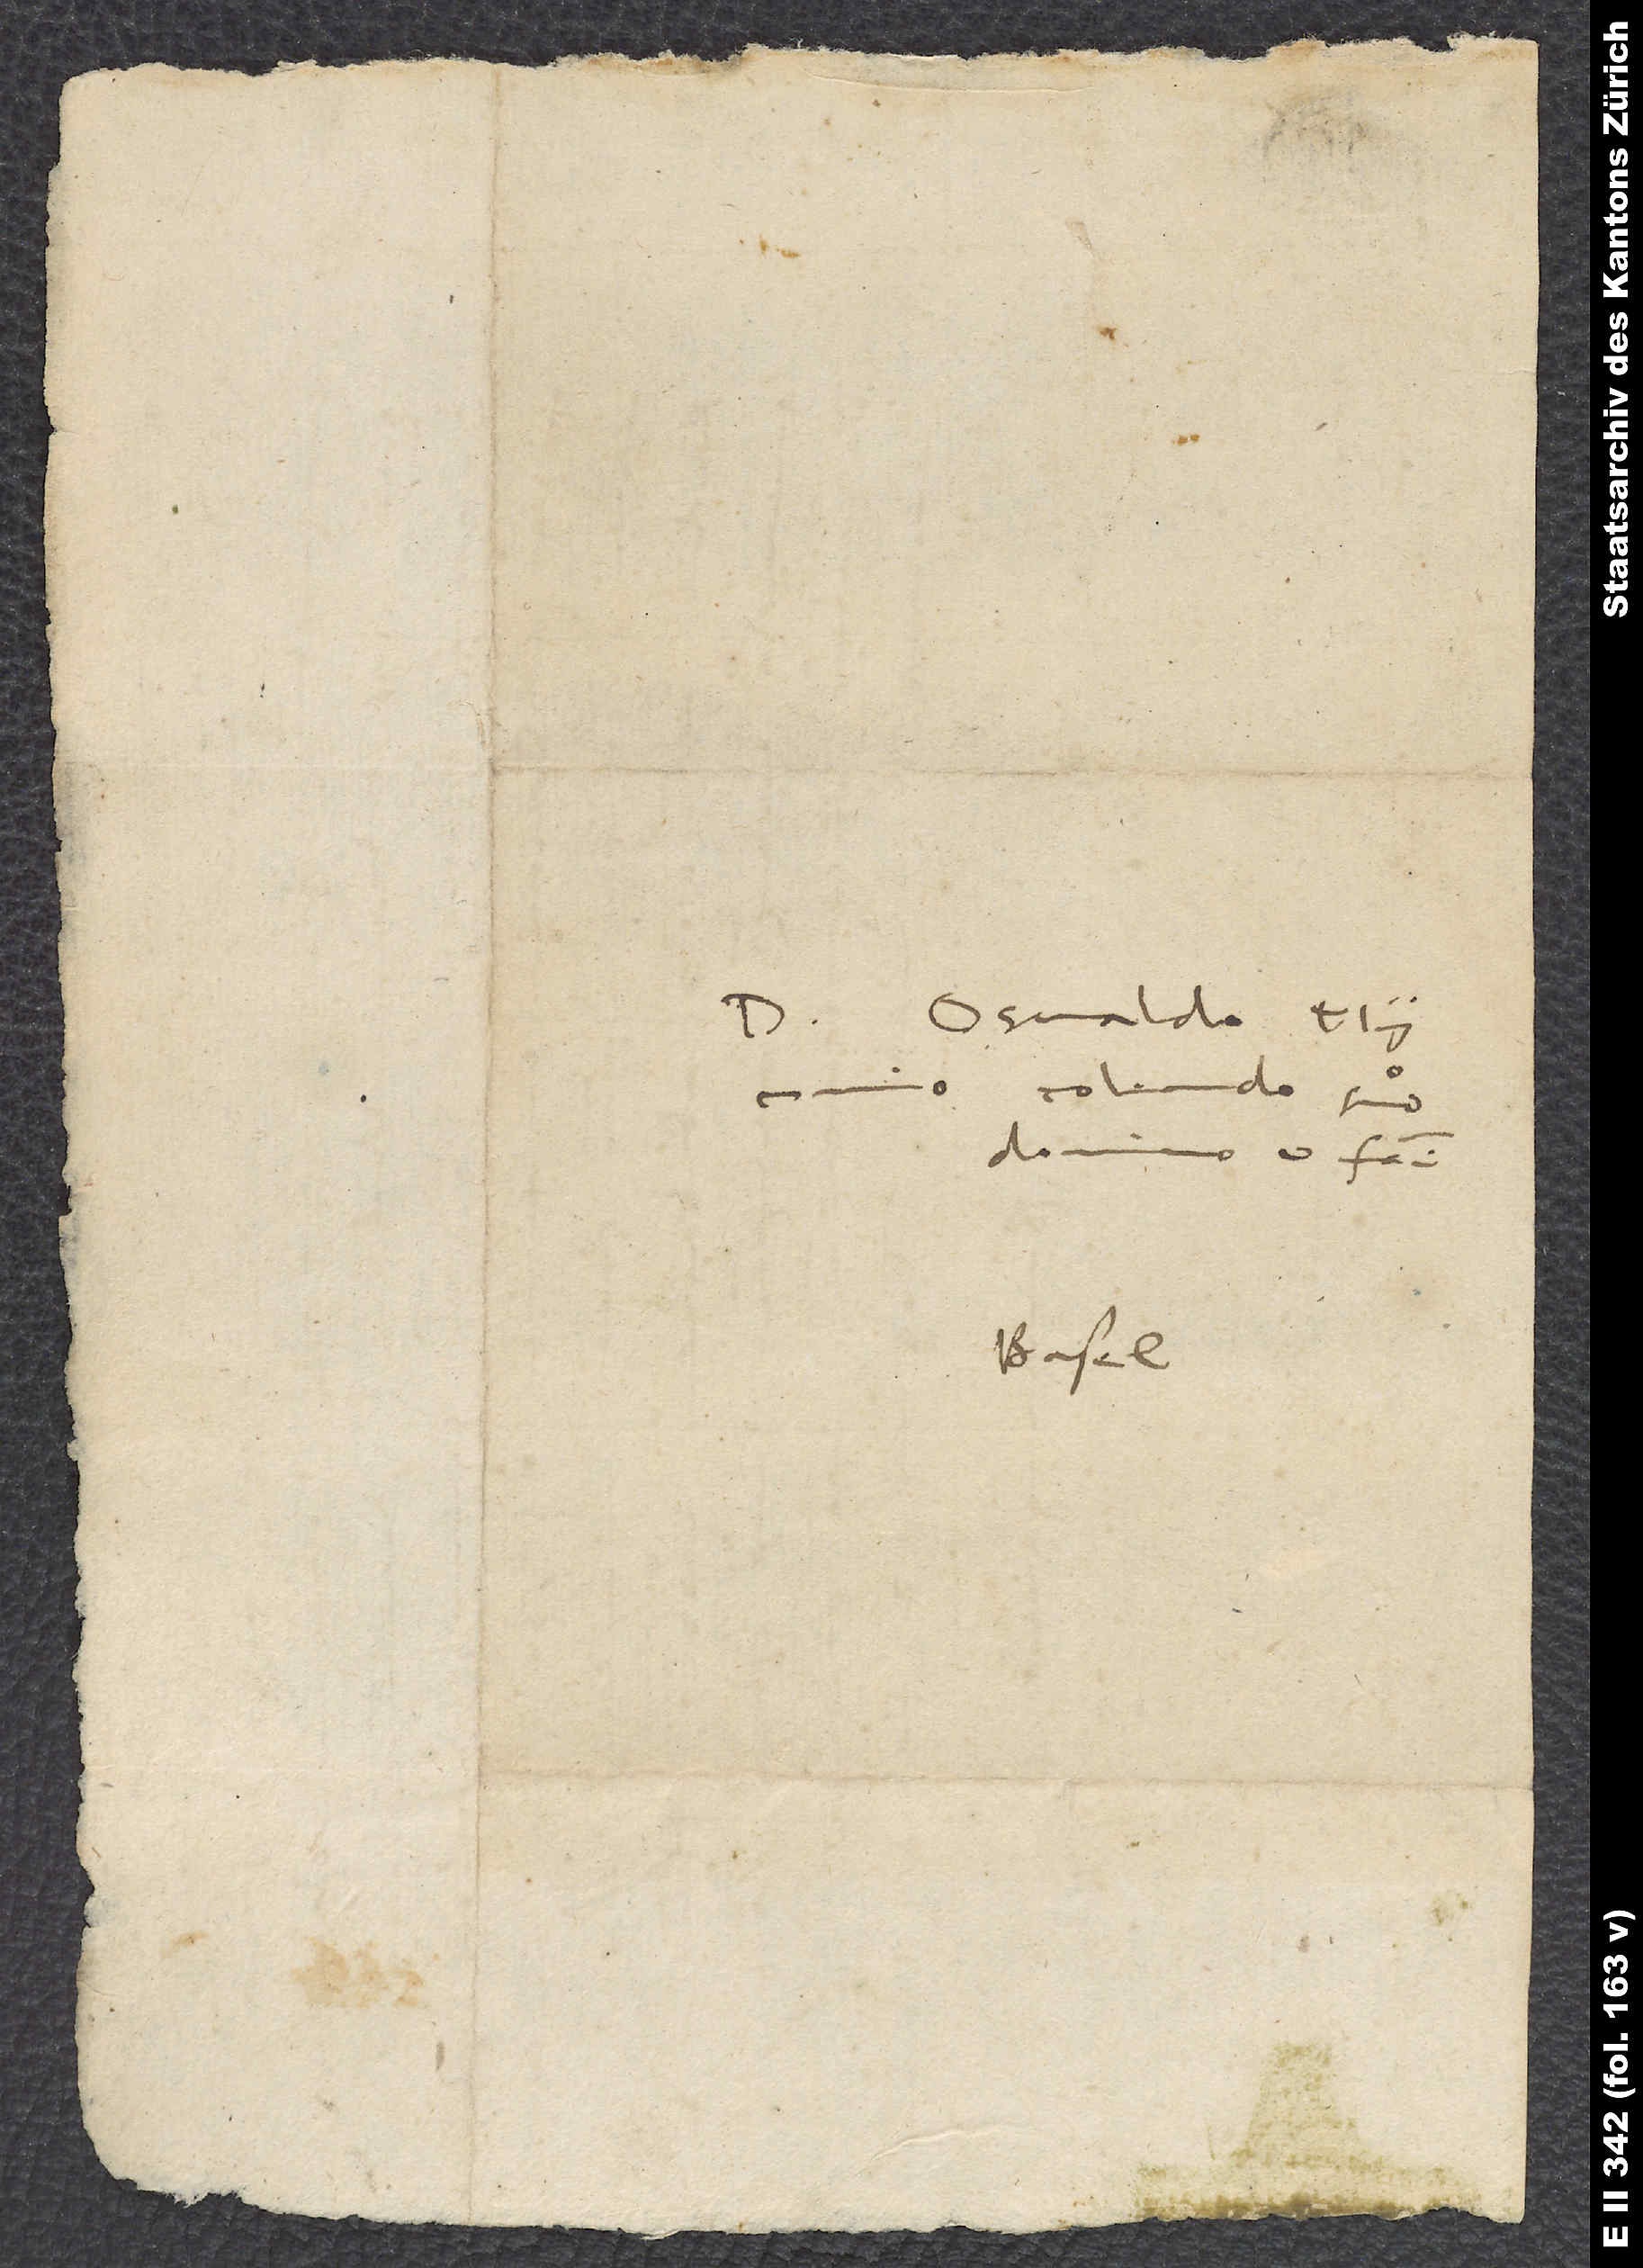
colendo suo
domino et fratri.
Basel.